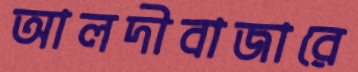
আলদীবাজারে